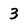
Character: 3